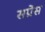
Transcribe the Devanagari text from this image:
सप्रेस